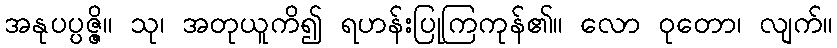
အနုပပ္ပဇ္ဇိ။ သု၊ အတုယူကိ၍ ရဟန်းပြုကြကုန်၏။ လော ဝုတော၊ လျက်။